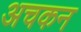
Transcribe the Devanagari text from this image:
अचकन